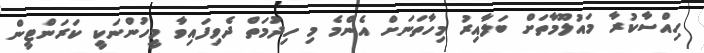
ހިއްސާކުރާ މައުލޫމާތަށް ބަލާއިރު މިހާތަނަށް އެންމެ މި ހިދުމަތް ދެވިފައިވާ މީހުންނަކީ ކަރަންޓީން